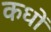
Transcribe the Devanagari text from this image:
कधों